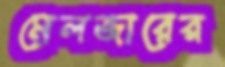
মেলজারের